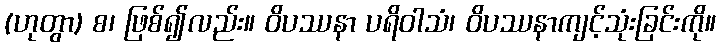
(ဟုတွာ) စ၊ ဖြစ်၍လည်း။ ဝိပဿနာ ပရိဝါသံ၊ ဝိပဿနာကျင့်သုံးခြင်းကို။